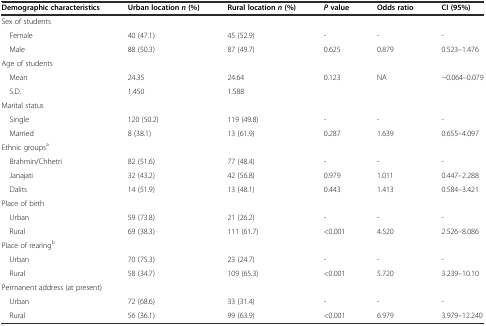
| Demographic characteristics | Urban locationn(%) | Rural locationn(%) | Pvalue | Odds ratio | CI (95%) |
 | --- | --- | --- | --- | --- | --- |
 | <COLSPAN=6> Sex of students |
 | Female | 40 (47.1) | 45 (52.9) | - | - | - |
 | Male | 88 (50.3) | 87 (49.7) | 0.625 | 0.879 | 0.523–1.476 |
 | <COLSPAN=6> Age of students |
 | Mean | 24.35 | 24.64 | 0.123 | NA | −0.064–0.079 |
 | S.D. | 1.450 | 1.588 |  |  |  |
 | <COLSPAN=6> Marital status |
 | Single | 120 (50.2) | 119 (49.8) | - | - | - |
 | Married | 8 (38.1) | 13 (61.9) | 0.287 | 1.639 | 0.655–4.097 |
 | <COLSPAN=6> Ethnic groupsa |
 | Brahmin/Chhetri | 82 (51.6) | 77 (48.4) | - | - | - |
 | Janajati | 32 (43.2) | 42 (56.8) | 0.979 | 1.011 | 0.447–2.288 |
 | Dalits | 14 (51.9) | 13 (48.1) | 0.443 | 1.413 | 0.584–3.421 |
 | <COLSPAN=6> Place of birth |
 | Urban | 59 (73.8) | 21 (26.2) | - | - | - |
 | Rural | 69 (38.3) | 111 (61.7) | <0.001 | 4.520 | 2.526–8.086 |
 | <COLSPAN=6> Place of rearingb |
 | Urban | 70 (75.3) | 23 (24.7) | - | - | - |
 | Rural | 58 (34.7) | 109 (65.3) | <0.001 | 5.720 | 3.239–10.10 |
 | <COLSPAN=6> Permanent address (at present) |
 | Urban | 72 (68.6) | 33 (31.4) | - | - | - |
 | Rural | 56 (36.1) | 99 (63.9) | <0.001 | 6.979 | 3.979–12.240 |